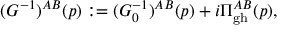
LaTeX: ( G ^ { - 1 } ) ^ { A B } ( p ) : = ( G _ { 0 } ^ { - 1 } ) ^ { A B } ( p ) + i \Pi _ { \mathrm { g h } } ^ { A B } ( p ) ,